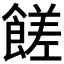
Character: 𩝭